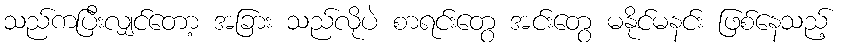
သည်ကပြီးလျှင်တော့ အခြား သည်လိုပဲ စာရင်းတွေ အင်းတွေ မနိုင်မနင်း ဖြစ်နေသည့်